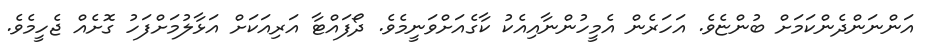
އަންނަންދެންކަމަށް ބުންޏެވެ. އަހަރެން އެމީހުންނާއިއެކު ކާގެއަށްވަނީމެވެ. ދޯފައްޓާ އަރިއަކަށް އަޅާލުމަށްފަހު ގޮށެއް ޖެހީމެވެ.